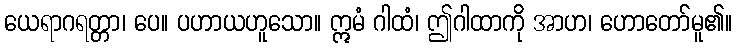
ယေရာဂရတ္တာ၊ ပေ။ ပဟာယဟူသော။ ဣမံ ဂါထံ၊ ဤဂါထာကို အာဟ၊ ဟောတော်မူ၏။